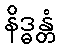
နိဒ္ဓန္တံ